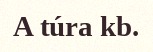
A túra kb.